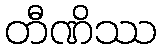
တီဏိဿ